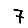
Digit: 7